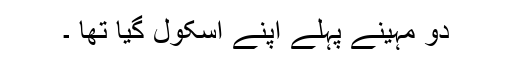
دو مہینے پہلے اپنے اسکول گیا تھا ۔